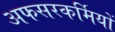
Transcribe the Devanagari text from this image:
अफसरकर्मियों